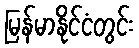
မြန်မာနိုင်ငံတွင်း